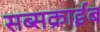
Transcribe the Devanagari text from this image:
सब्सक्राईब